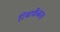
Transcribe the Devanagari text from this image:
रिमार्केबल